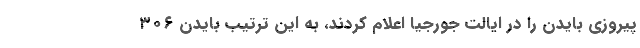
پیروزی بایدن را در ایالت جورجیا اعلام کردند، به این ترتیب بایدن ۳۰۶